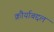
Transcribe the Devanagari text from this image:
क्रौर्याबद्दल